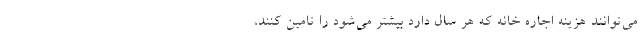
می‌توانند هزینه اجاره‌ خانه که هر سال دارد بیشتر می‌شود را تامین کنند،